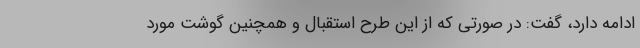
ادامه دارد، گفت: در صورتی که از این طرح استقبال و همچنین گوشت مورد